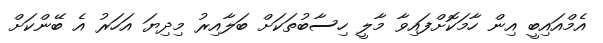
އެމްއައިބީ އިން ހާމަކޮށްފައިވާ މާލީ ހިސާބުތަކަށް ބަލާއިރު މިދިޔަ އަހަރު އެ ބޭންކަށް